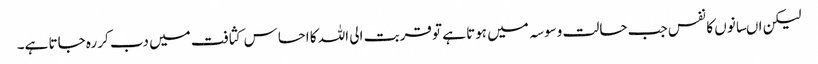
لیکن اںسانوں کا نفس جب حالت وسوسہ میں ہوتا ہے تو قربت الی اللہ کا احساس کثافت میں دب کر رہ جاتا ہے۔